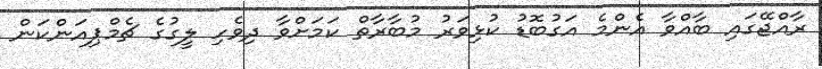
ރާއްޖޭގައި ބާއްވާ އެންމެ އަގުބޮޑު ކުޅިވަރު މުބާރާތް ކަމަށްވާ ދިވެހި ލީގުގެ ޗެމްޕިއަންކަން